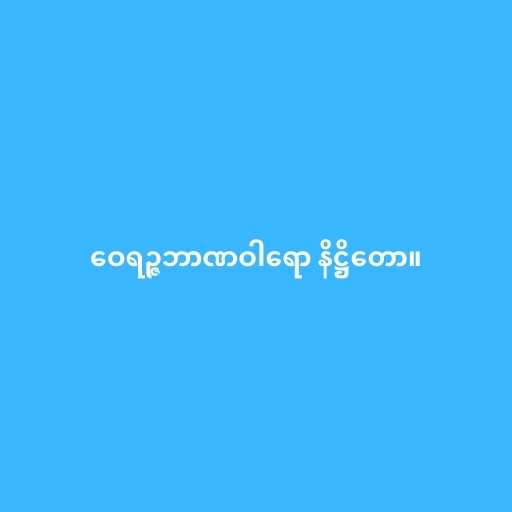
ဝေရဉ္ဇဘာဏဝါရော နိဋ္ဌိတော။